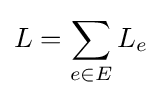
L=\sum _{e\in E}L_{e}